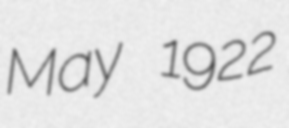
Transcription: May 1922